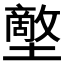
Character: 𡒱